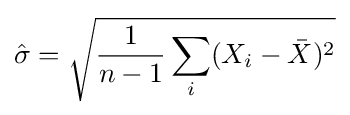
{\hat {\sigma }}={\sqrt {{\frac {1}{n-1}}\sum _{i}(X_{i}-{\bar {X}})^{2}}}